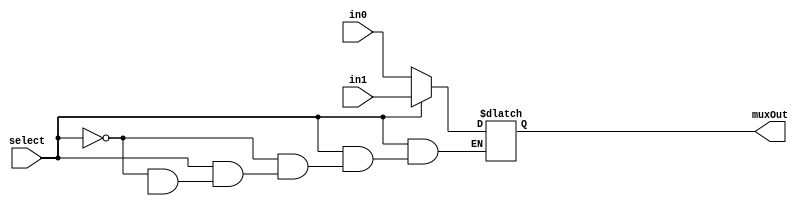
//ShifterAndALU.v

// select 0 = in0 1 = in1
module mux2to1_3bit(input [2:0] in0, input [2:0] in1, input select, output reg [2:0] muxOut);
  //WRITE CODE HERE

	always @(in0 or in1 or select)
		 if (select == 1'b0)
				 muxOut = in0;
		 else if(select == 1'b1)
				 muxOut = in1;
		 else if(select == 1'bx)
			   muxOut=3'bxxx;

endmodule

// select 0 = in0 1 = in1
module mux2to1_8bit(input [7:0] in0, input [7:0] in1, input select, output reg [7:0] muxOut);
   //WRITE CODE HERE

	 always @(in0 or in1 or select)
 		 if (select == 1'b0)
 				 muxOut = in0;
 		 else if(select == 1'b1)
 				 muxOut = in1;
		 else if(select == 1'bx)
			   muxOut=8'bxxxxxxxx;

endmodule


module mux8to1_1bit(input in0, input in1, input in2, input in3, input in4, input in5, input in6, input in7, input[2:0] select,output reg muxOut);
   //WRITE CODE HERE

	 always @(in0 or in1 or in2 or in3 or in4 or in5 or in6 or in7 or select)
 		 if (select == 3'd0)
 				 muxOut = in0;
 		 else if (select == 3'd1)
 				 muxOut = in1;
		 else if (select == 3'd2)
	 			 muxOut = in2;
		 else if (select == 3'd3)
 				 muxOut = in3;
		 else if (select == 3'd4)
	 			 muxOut = in4;
		 else if (select == 3'd5)
 		  	 muxOut = in5;
 		 else if (select == 3'd6)
 				 muxOut = in6;
 		 else if (select == 3'd7)
		 		 muxOut = in7;
		 else if (select == 3'bxxx)
		 		 muxOut = 1'bx;


endmodule

module barrelshifter(input[2:0] shiftAmt, input[7:0] b, input[2:0] oper, output[7:0] shiftOut);
	   //WRITE CODE HERE

		 wire  [2:0] muxAout, muxBout, muxCout;
		 wire  [7:0] t, q;

		 mux2to1_3bit muxA(3'd0, oper, shiftAmt[0], muxAout);
		 mux2to1_3bit muxB(3'd0, oper, shiftAmt[1], muxBout);
		 mux2to1_3bit muxC(3'd0, oper, shiftAmt[2], muxCout);

		 mux8to1_1bit muxA0(b[0], b[1], b[1], b[1], 1'd0, b[7], 1'd0, 1'd0, muxAout, t[0]);
		 mux8to1_1bit muxA1(b[1], b[2], b[2], b[2], b[0], b[0], 1'd0, 1'd0, muxAout, t[1]);
		 mux8to1_1bit muxA2(b[2], b[3], b[3], b[3], b[1], b[1], 1'd0, 1'd0, muxAout, t[2]);
		 mux8to1_1bit muxA3(b[3], b[4], b[4], b[4], b[2], b[2], 1'd0, 1'd0, muxAout, t[3]);
		 mux8to1_1bit muxA4(b[4], b[5], b[5], b[5], b[3], b[3], 1'd0, 1'd0, muxAout, t[4]);
		 mux8to1_1bit muxA5(b[5], b[6], b[6], b[6], b[4], b[4], 1'd0, 1'd0, muxAout, t[5]);
		 mux8to1_1bit muxA6(b[6], b[7], b[7], b[7], b[5], b[5], 1'd0, 1'd0, muxAout, t[6]);
		 mux8to1_1bit muxA7(b[7], b[7], 1'd0, b[0], b[6], b[6], 1'd0, 1'd0, muxAout, t[7]);

	 	 mux8to1_1bit muxB0(t[0], t[2], t[2], t[2], 1'd0, t[6], 1'd0, 1'd0, muxBout, q[0]);
		 mux8to1_1bit muxB1(t[1], t[3], t[3], t[3], 1'd0, t[7], 1'd0, 1'd0, muxBout, q[1]);
		 mux8to1_1bit muxB2(t[2], t[4], t[4], t[4], t[0], t[0], 1'd0, 1'd0, muxBout, q[2]);
		 mux8to1_1bit muxB3(t[3], t[5], t[5], t[5], t[1], t[1], 1'd0, 1'd0, muxBout, q[3]);
		 mux8to1_1bit muxB4(t[4], t[6], t[6], t[6], t[2], t[2], 1'd0, 1'd0, muxBout, q[4]);
		 mux8to1_1bit muxB5(t[5], t[7], t[7], t[7], t[3], t[3], 1'd0, 1'd0, muxBout, q[5]);
		 mux8to1_1bit muxB6(t[6], t[7], 1'd0, t[0], t[4], t[4], 1'd0, 1'd0, muxBout, q[6]);
		 mux8to1_1bit muxB7(t[7], t[7], 1'd0, t[1], t[5], t[5], 1'd0, 1'd0, muxBout, q[7]);

		 mux8to1_1bit muxC0(q[0], q[4], q[4], q[4], 1'd0, q[4], 1'd0, 1'd0, muxCout, shiftOut[0]);
		 mux8to1_1bit muxC1(q[1], q[5], q[5], q[5], 1'd0, q[5], 1'd0, 1'd0, muxCout, shiftOut[1]);
		 mux8to1_1bit muxC2(q[2], q[6], q[6], q[6], 1'd0, q[6], 1'd0, 1'd0, muxCout, shiftOut[2]);
		 mux8to1_1bit muxC3(q[3], q[7], q[7], q[7], 1'd0, q[7], 1'd0, 1'd0, muxCout, shiftOut[3]);
		 mux8to1_1bit muxC4(q[4], q[7], 1'd0, q[0], q[0], q[0], 1'd0, 1'd0, muxCout, shiftOut[4]);
		 mux8to1_1bit muxC5(q[5], q[7], 1'd0, q[1], q[1], q[1], 1'd0, 1'd0, muxCout, shiftOut[5]);
		 mux8to1_1bit muxC6(q[6], q[7], 1'd0, q[2], q[2], q[2], 1'd0, 1'd0, muxCout, shiftOut[6]);
		 mux8to1_1bit muxC7(q[7], q[7], 1'd0, q[3], q[3], q[3], 1'd0, 1'd0, muxCout, shiftOut[7]);


endmodule

// Alu operations are: 00 for alu1, 01 for add, 10 for sub(alu1-alu2) , 11 for AND, 100 for OR and 101 for NOT(alu1)
module alu(input [7:0] aluIn1, input [7:0] aluIn2, input [2:0]aluOp, output reg [7:0] aluOut);
       //WRITE CODE HERE
			 always@(aluIn1 or aluIn2 or aluOp)
					if (aluOp == 3'b000)
							aluOut = aluIn1;
					else if (aluOp == 3'b001)
							aluOut = aluIn1 + aluIn2;
					else if (aluOp == 3'b010)
							aluOut = aluIn1 - aluIn2;
					else if (aluOp == 3'b011)
							aluOut = aluIn1 & aluIn2;
					else if (aluOp == 3'b100)
							aluOut = aluIn1 | aluIn2;
					else if (aluOp == 3'b101)
							aluOut = ~aluIn1;



endmodule


module shifterAndALU(input [7:0]inp1, input [7:0] inp2, input [2:0]shiftlmm, input selShiftAmt, input [2:0]oper, input selOut, output [7:0] out);
	   //WRITE CODE HERE

		 wire [7:0] aluOutput, shiftOutput;
		 wire [2:0] shiftAmount;

		 mux2to1_3bit muxShiftAmount(inp2 [2:0], shiftlmm, selShiftAmt, shiftAmount);
 		 barrelshifter barrelShifter(shiftAmount, inp1, oper, shiftOutput);
		 alu Alu(inp1, inp2, oper, aluOutput);
 		 mux2to1_8bit muxSelectOutput(aluOutput, shiftOutput, selOut, out);

endmodule

//TestBench ALU
module testbenchALU();
	// Input
	reg [7:0] inp1, inp2;
	reg [2:0] aluOp;
	reg [2:0] shiftlmm;
	reg selShiftAmt, selOut;
	// Output
	wire [7:0] aluOut;

	shifterAndALU shifterAndALU_Test (inp1, inp2, shiftlmm, selShiftAmt, aluOp, selOut, aluOut);

	initial
		begin
			$dumpfile("testALU.vcd");
     	$dumpvars(0,testbenchALU);
			inp1 = 8'd80; //80 in binary is 1010000
			inp2 = 8'd20; //20 in binary is 10100
			shiftlmm = 3'b010;

			aluOp=3'd0; selOut = 1'b0;// normal output = 80

			#10 aluOp = 3'd0; selOut = 1'b1; selShiftAmt = 1'b1; //No shift output = 80

			#10 aluOp=3'd1; selOut = 1'b0;// normal add	output => 20 + 80 = 100

			#10 aluOp = 3'd1; selOut = 1'b1; selShiftAmt = 1'b1; // arithmetic shift right of 80 by 2 places = 20

			#10 aluOp=3'd2; selOut = 1'b0; // normal sub output => 80 - 20 = 60

			#10 aluOp = 3'd2; selOut = 1'b1; selShiftAmt = 1'b0; // logical shift right of 80 by 4 places = 0

			#10 aluOp=3'd3; selOut = 1'b0;// normal and output => 80 & 20 = 16

			#10 aluOp = 3'd3; selOut = 1'b1; selShiftAmt = 1'b0; // Circular Shift Right of 80 by 4 places = 5

			#10 aluOp=3'd4; selOut = 1'b0;// normal or output => 80 | 20 = 84

			#10 aluOp = 3'd4; selOut = 1'b1; selShiftAmt = 1'b1; // Logical Shift Left of 80 by 2 bits = 64

			#10 aluOp=3'd5; selOut = 1'b0; // normal not of 80 = 175

			#10 aluOp = 3'd5; selOut = 1'b1; selShiftAmt = 1'b0; // Circular left shift of 80 by 4 bits = 5

			#10 inp1=8'd15; inp2=8'd26; aluOp=3'd2; selOut = 1'b0;//sub overflow
			// (15 - 26) = -11 and its a 8 bit number so, 256-11 = 245 output => 245 (since it is unsigned decimal)

			#10 inp1=8'd150; inp2=8'd150; aluOp=3'd1; selOut = 1'b0;// add overflow
			//(150+150) = 300 and its a 8 bit number so, 300-256 = 44 output=> 44.

			#10 inp1=8'b0000_0000; aluOp=3'd5; selOut = 1'b0;//not overflow
			// not(0) = all 1. Since its a 8 bit number output=>255

			#10 $finish;
		end

endmodule